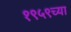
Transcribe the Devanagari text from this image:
१९५९च्या